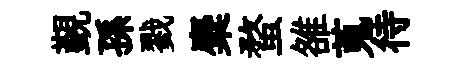
覲孫戮麋蝥雒蒐待